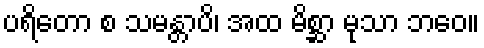
ပရိတော စ သမန္တာပိ၊ အထ မိစ္ဆာ မုသာ ဘဝေ။